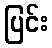
ပြင်း